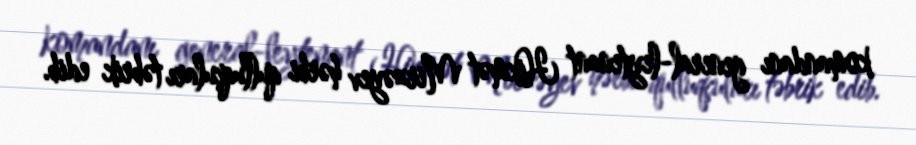
komandanı general-leytenant Hikmət Mirzəyev hərbi qulluqçuları təbrik edib.